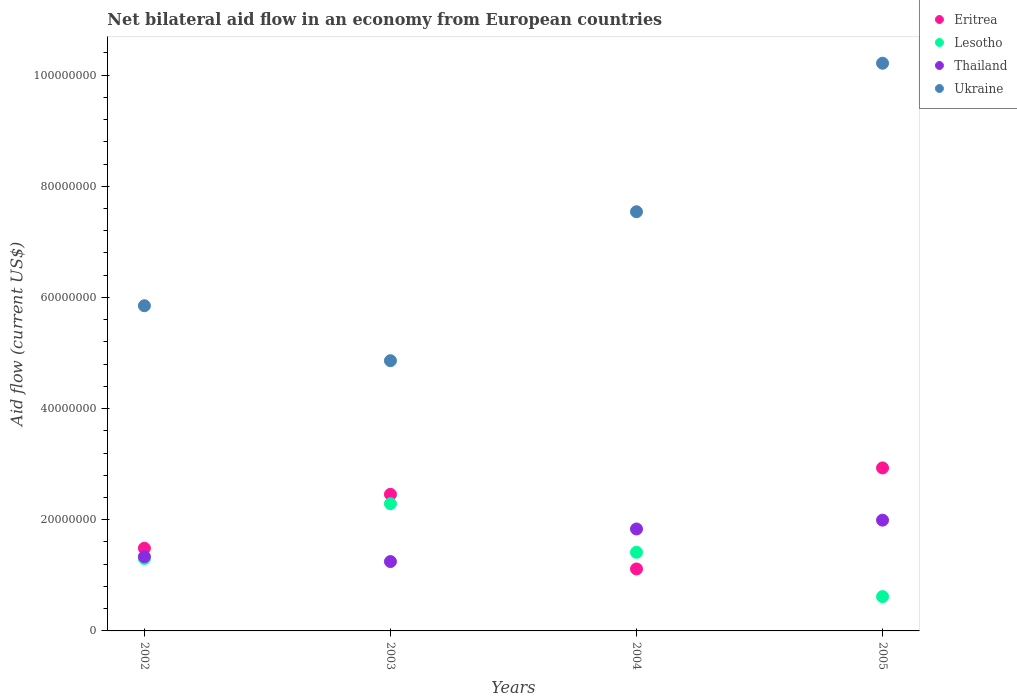
| Years | Eritrea | Lesotho | Thailand | Ukraine |
 | --- | --- | --- | --- | --- |
 | 2002 | 1.49e+07 | 1.3e+07 | 1.34e+07 | 5.85e+07 |
 | 2003 | 2.46e+07 | 2.29e+07 | 1.25e+07 | 4.86e+07 |
 | 2004 | 1.12e+07 | 1.42e+07 | 1.83e+07 | 7.54e+07 |
 | 2005 | 2.93e+07 | 6.17e+06 | 1.99e+07 | 1.02e+08 |